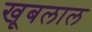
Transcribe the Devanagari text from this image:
खूबलाल